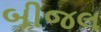
બીજલ